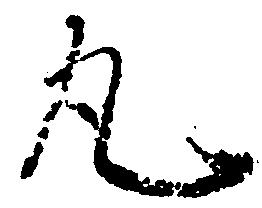
丸